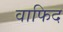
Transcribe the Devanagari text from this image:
वाफिद